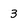
Character: 3